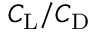
C _ { \mathrm { { L } } } / C _ { \mathrm { D } }